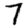
Digit: 7